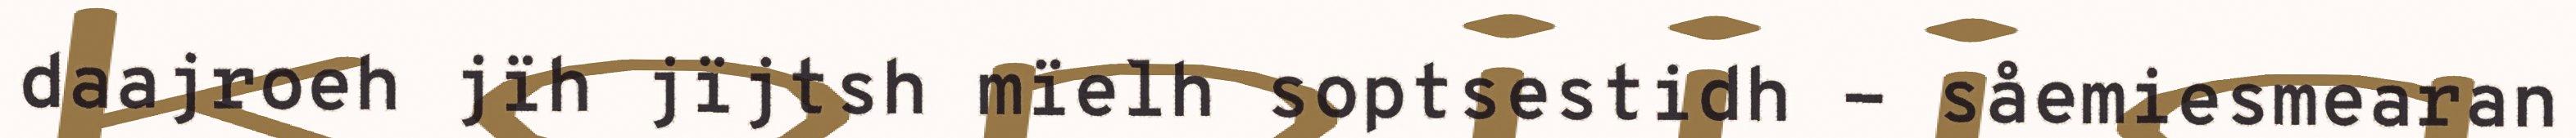
daajroeh jïh jïjtsh mïelh soptsestidh - såemiesmearan